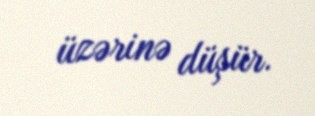
üzərinə düşür.